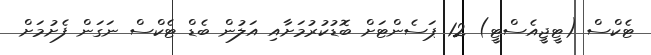
ޓެކްސް (ޓީޖީއެސްޓީ) 12 ޕަސެންޓަށް ބޮޑުކުރުމަށާއި އަލުން ބެޑް ޓެކްސް ނަގަން ފެށުމަށް